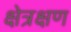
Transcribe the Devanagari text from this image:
क्षेत्रक्षण